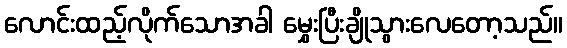
လောင်းထည့်လိုက်သောအခါ မွှေးပြီးချိုသွားလေတော့သည်။